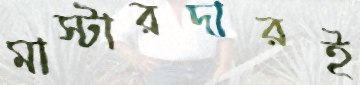
মাস্টারদারই